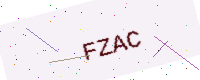
Text: FZAC